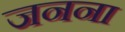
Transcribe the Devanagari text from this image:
जनना